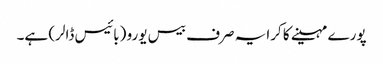
پورے مہینے کا کرایہ صرف بیس یورو (بائیس ڈالر) ہے۔